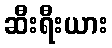
ဆီးရီးယား